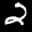
Label: 2